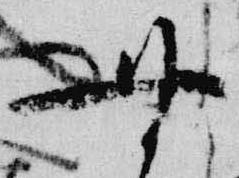
無